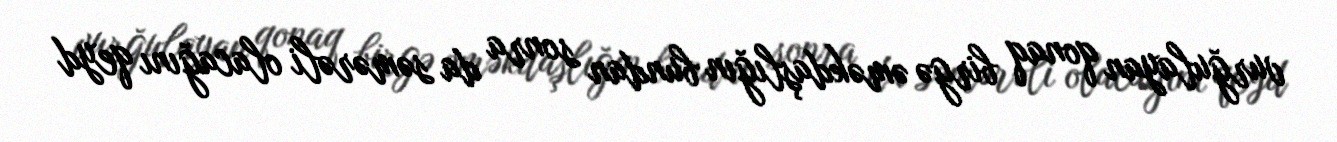
vurğulayan qonaq birgə əməkdaşlığın bundan sonra da səmərəli olacağını qeyd